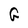
Character: G